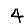
Digit: 4